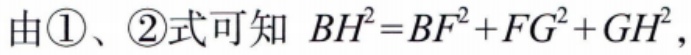
由\textcircled{1}、\textcircled{2}式可知 \(BH^{2}=BF^{2}+FG^{2}+GH^{2}\)，